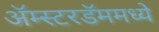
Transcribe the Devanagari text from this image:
ॲम्स्टरडॅममध्ये